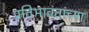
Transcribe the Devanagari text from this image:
प्रतिभावंतांच्या